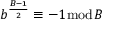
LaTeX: b ^ { \frac { B - 1 } { 2 } } \equiv - 1 { \bmod { B } }